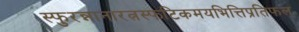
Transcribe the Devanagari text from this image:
स्फुरन्नानारत्नस्फटिकमयभित्तिप्रतिफल